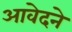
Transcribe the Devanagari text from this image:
आवेदने